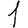
Digit: 1